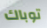
توباك